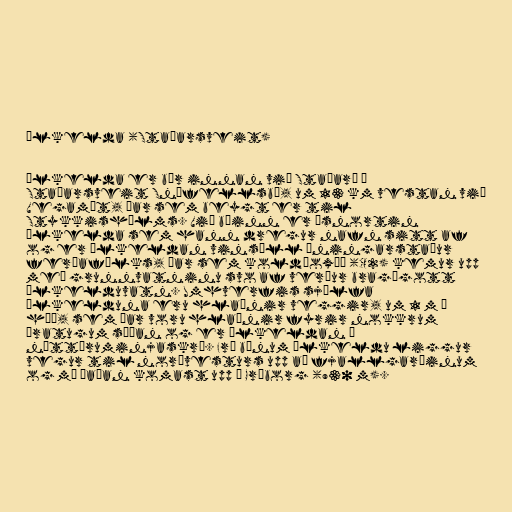
Ölkelda (Staðarsveit)

Ölkelda er bær innan við Staðará í
Staðarsveit Snæfellsbæ, um 13 km vestan við
Vegamót, þar sem beygt er til
Stykkishólms. Við bæinn er ósnortin
ölkelda sem hann dregur nafn sitt af
og er ölkeldan vinsæll áningarstaður
ferðafólks, þar sem koldíoxíð (CO2) kemur upp
með grunnvatninu svo af verður bragðgott
ölkelduvatn. Umhverfis sjálfa
ölkelduna eru hlaðnir veggir, um 1 m á
hæð, sem þar voru hlaðnir fyrir nokkrum
áratugum síðan og er ölkeldan á
náttúruminjaskrá. Frá bænum Ölkeldu liggur
vegur til norðvesturs upp að fjallgarðinum
og má þaðan komast upp á Gráborg (930 m).